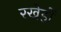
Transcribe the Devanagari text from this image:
रखेहों